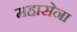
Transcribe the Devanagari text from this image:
महासेना